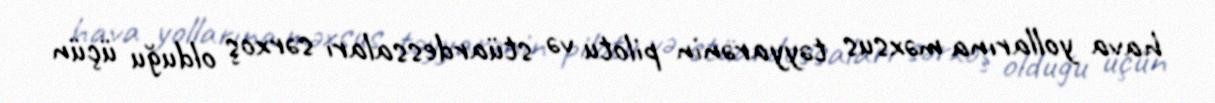
hava yollarına məxsus təyyarənin pilotu və stüardessaları sərxoş olduğu üçün